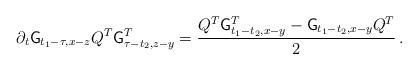
LaTeX: \begin{align*}\partial_t \mathsf{G}_{t_1-\tau,x-z} Q^T \mathsf{G}^T_{\tau-t_2, z-y}=\frac{Q^T\mathsf{G}^T_{t_1 - t_2,x-y} - \mathsf{G}_{t_1 - t_2,x-y} Q^T}{2}\,.\end{align*}